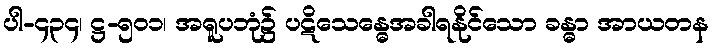
ပါ-၄၃၄၊ ဋ္ဌ-၅၀၁၊ အရူပဘုံ၌ ပဋိသေန္ဓေအခါရနိုင်သော ခန္ဓာ အာယတန